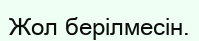
Жол берілмесін.